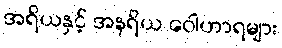
အရိယနှင့် အနရိယ ဝေါဟာရများ